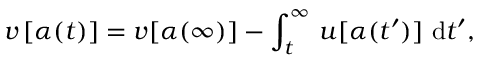
v \, [ \alpha ( t ) ] = v [ \alpha ( \infty ) ] - \int _ { t } ^ { \infty } \, u [ \alpha ( t ^ { \prime } ) ] \, \, \mathrm { d } t ^ { \prime } ,